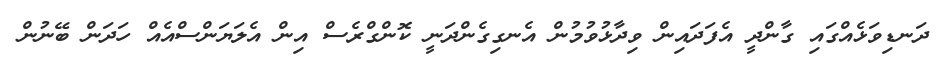
ދަނޑިވަޅެއްގައި ގާންދީ އެފަދައިން ވިދާޅުވުމުން އެނގިގެންދަނީ ކޮންގްރެސް އިން އެލަޔަންސްއެއް ހަދަން ބޭނުން